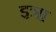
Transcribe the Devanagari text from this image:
इत्रा